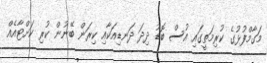
މަގާމްފުޅުގެ ކުރިމަތީގައި އުސް ބޮޑު ދިދަ ދަނޑިއަކާއި ކިރަން ބޭނުން ކުރި ކަށްޓާއެއް